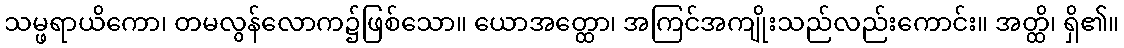
သမ္ဖရာယိကော၊ တမလွန်လောက၌ဖြစ်သော။ ယောအတ္ထော၊ အကြင်အကျိုးသည်လည်းကောင်း။ အတ္ထိ၊ ရှိ၏။